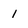
Character: 1